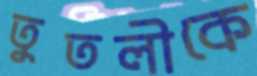
তুতলীকে